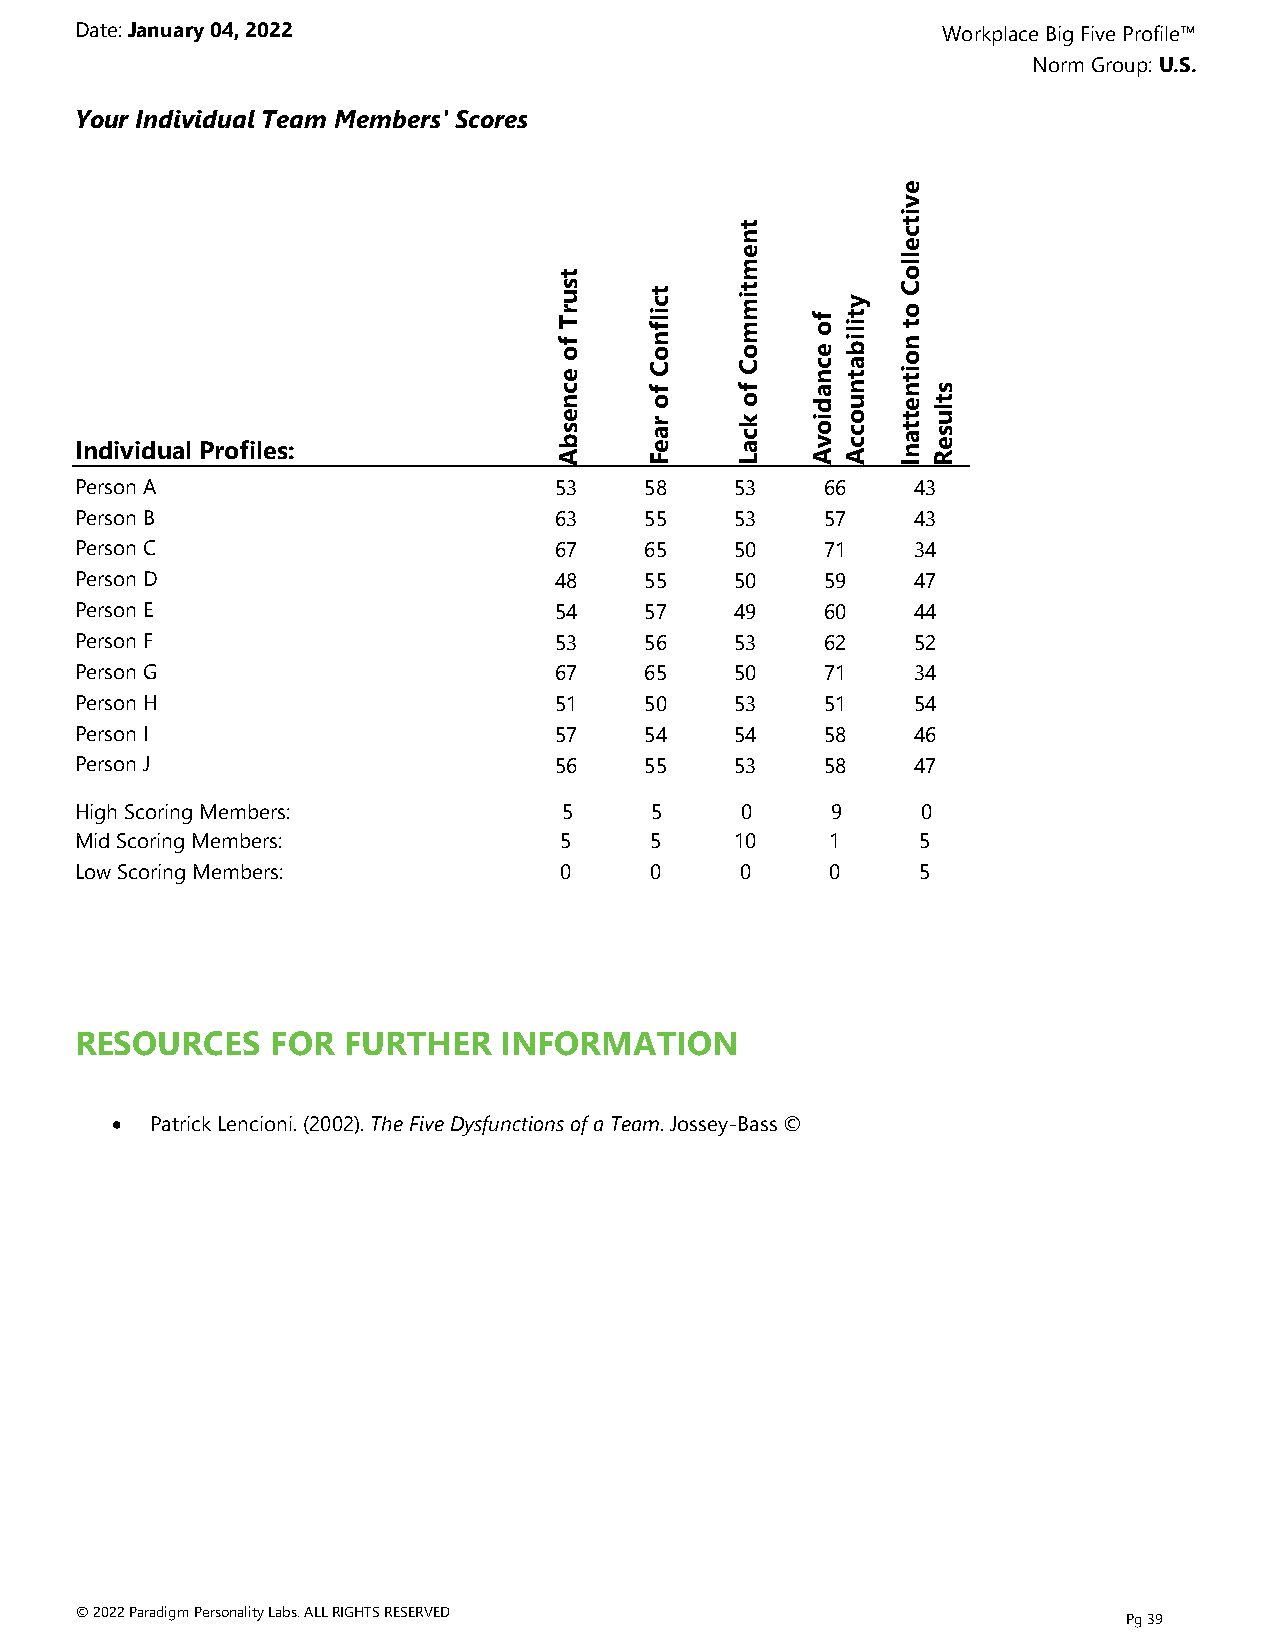
Date: January 04, 2022                                   Workplace Big Five Profile™
 Norm Group: U.S.
 Your Individual Team Members' Scores
 e
 v
 i
 t n        t c
 e
 e          l
 t           m          l o
 s u r T f o e
 c
 t c i l f n o C
 f
 t i m m o C
 f
 f o e c n
 a
 y t i l i b a t
 n
 C o t n o i t
 n s
 Individual Profiles:            n e s b A o r a e F o k c a L d i o v A u o c c A e t t a n I t l u s e R
 Person A                        53    58    53    66   43
 Person B                        63    55    53    57   43
 Person C                        67    65    50    71   34
 Person D                        48    55    50    59   47
 Person E                        54    57    49    60   44
 Person F                        53    56    53    62   52
 Person G                        67    65    50    71   34
 Person H                        51    50    53    51   54
 Person I                        57    54    54    58   46
 Person J                        56    55    53    58   47
 High Scoring Members:           5     5     0     9     0
 Mid Scoring Members:            5     5     10    1     5
 Low Scoring Members:            0     0     0     0     5
 RESOURCES    FOR  FURTHER   INFORMATION
 ·  Patrick Lencioni. (2002). The Five Dysfunctions of a Team. Jossey-Bass ©
 © 2022 Paradigm Personality Labs. ALL RIGHTS RESERVED
 Pg 39